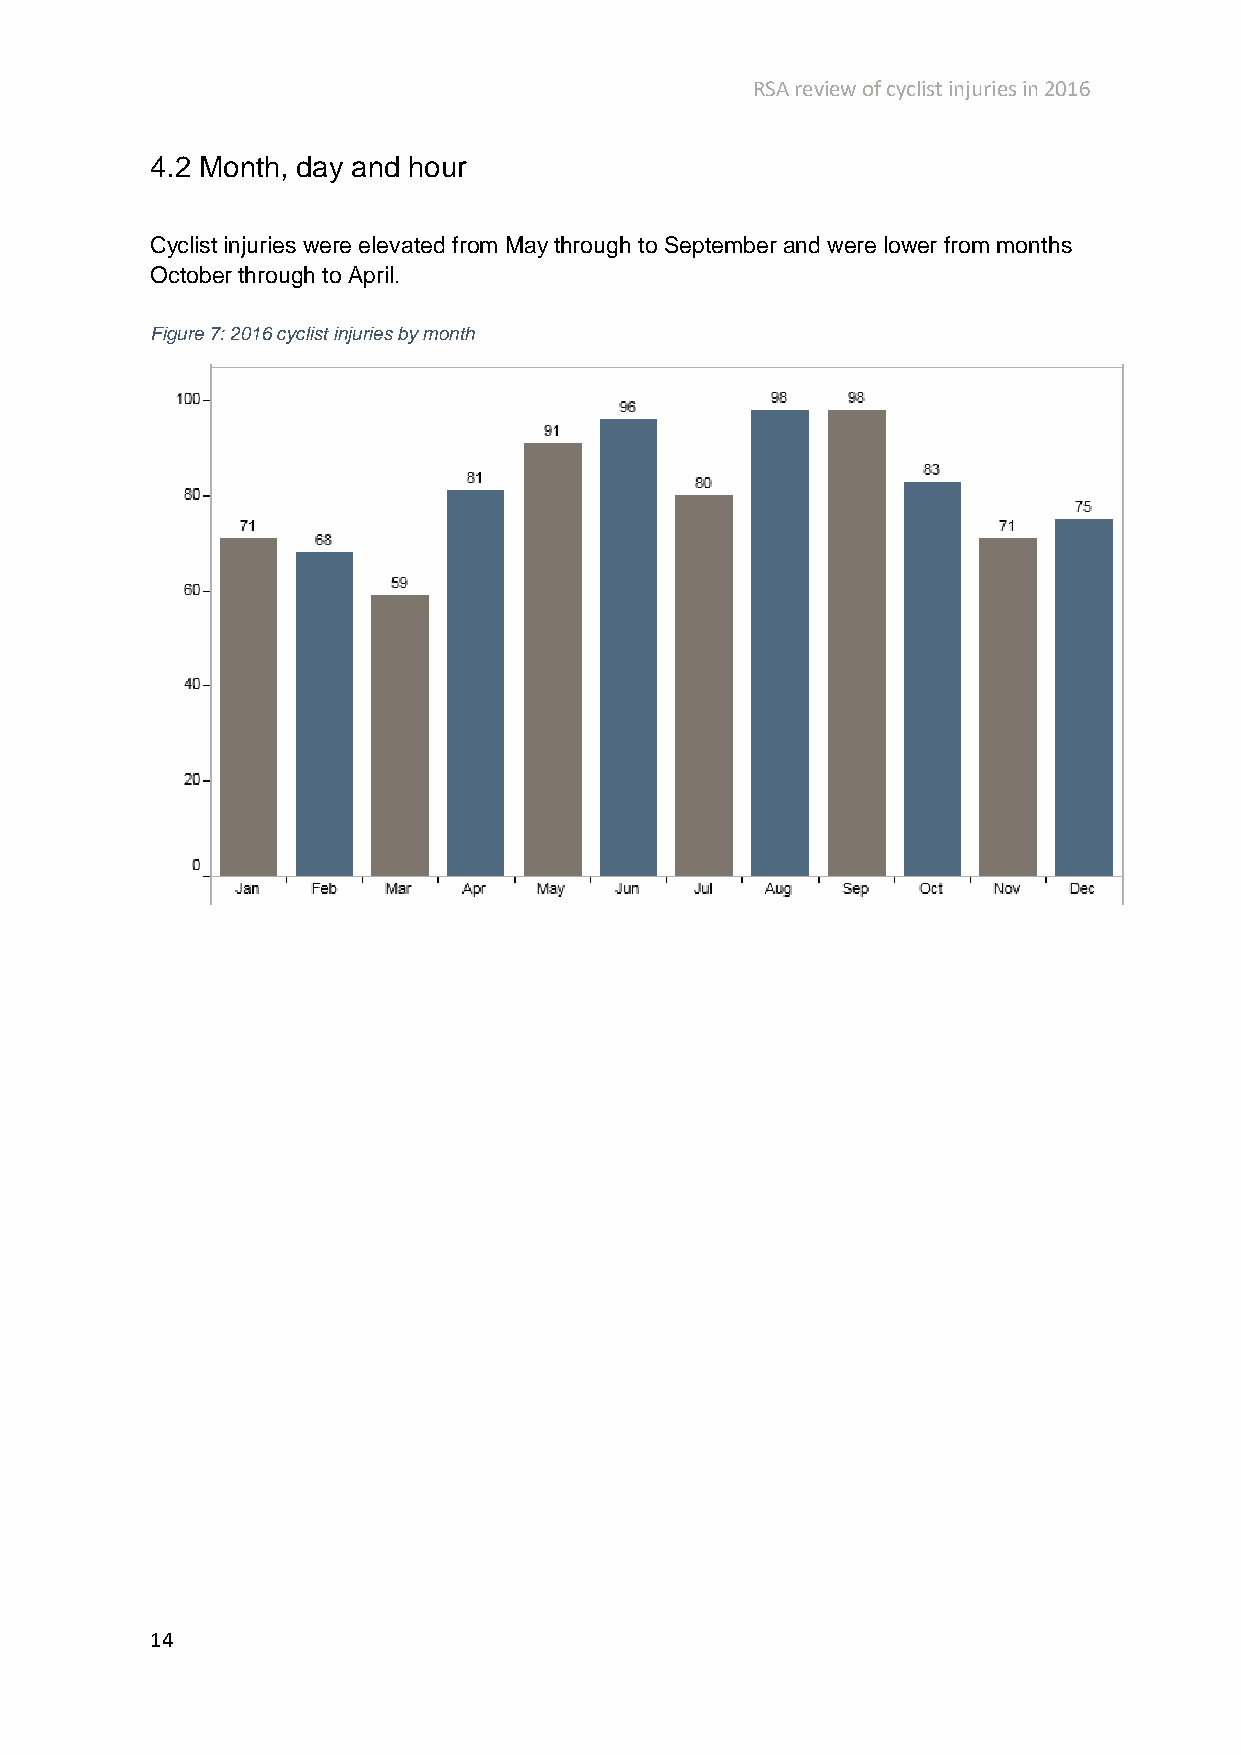
RSA review of cyclist injuries in 2016
 4.2 Month, day and hour
 Cyclist injuries were elevated from May through to September and were lower from months
 October through to April.
 Figure 7: 2016 cyclist injuries by month
 14